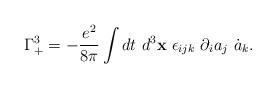
LaTeX: \begin{align*}\Gamma_{+}^{3}=-\frac{e^{2}}{8\pi}\int d t ~d^{3}{\bf x}~\epsilon_{ijk} ~\partial_{i} a_{j} ~\dot{a}_{k}.\end{align*}